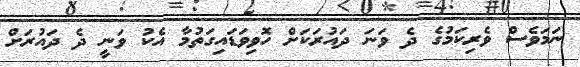
ނަމަވެސް ވެރިކަމުގެ ދެ ވަނަ ދައުރަކަށް ހޮވިވަޑައިގަތުމާ އެކު ވަނީ ދެ ދައުރަށް